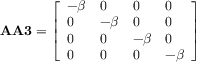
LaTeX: \mathbf { A A 3 } = { \left[ \begin{array} { l l l l } { - \beta } & { 0 } & { 0 } & { 0 } \\ { 0 } & { - \beta } & { 0 } & { 0 } \\ { 0 } & { 0 } & { - \beta } & { 0 } \\ { 0 } & { 0 } & { 0 } & { - \beta } \end{array} \right] }